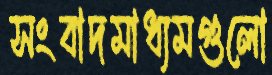
সংবাদমাধ্যমগুলো